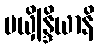
မယှိန္ဒြိယာနိ